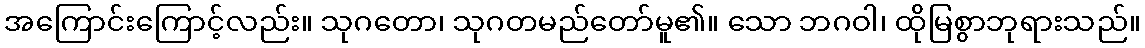
အကြောင်းကြောင့်လည်း။ သုဂတော၊ သုဂတမည်တော်မူ၏။ သော ဘဂဝါ၊ ထိုမြစွာဘုရားသည်။